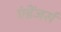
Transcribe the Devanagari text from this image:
एंडेंजर्स